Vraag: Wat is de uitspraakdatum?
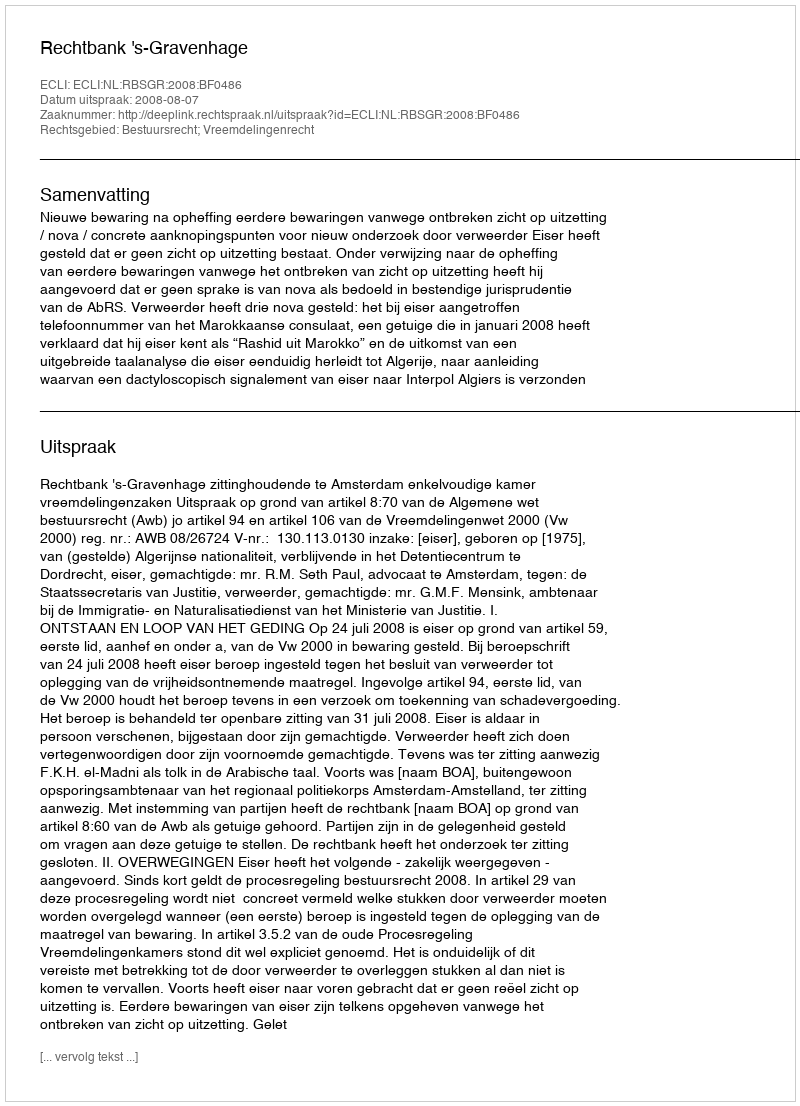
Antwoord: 2008-08-07